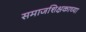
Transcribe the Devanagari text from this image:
समाजशिक्षकाच्या